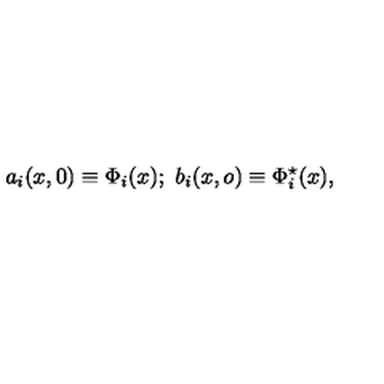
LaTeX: a _ { i } ( x , 0 ) \equiv \Phi _ { i } ( x ) ; \ b _ { i } ( x , o ) \equiv \Phi _ { i } ^ { \star } ( x ) ,